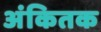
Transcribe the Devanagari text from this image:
अंकितक